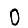
Digit: 0